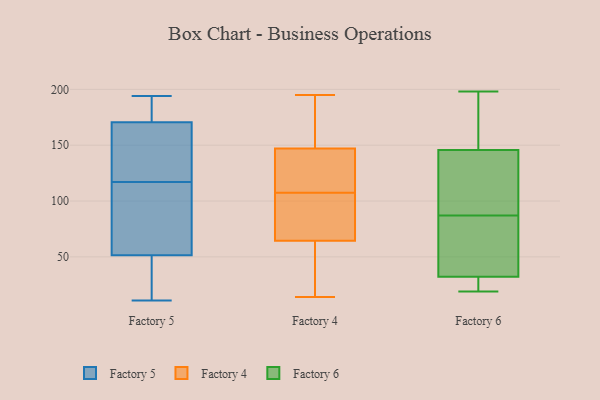
{"axis": {"x": "Satisfaction Score", "y": "Value"}, "legend": ["Factory 4", "Factory 5", "Factory 6"], "data": [{"x": "", "y": 188, "type": "Factory 5"}, {"x": "", "y": 118, "type": "Factory 5"}, {"x": "", "y": 194, "type": "Factory 5"}, {"x": "", "y": 32, "type": "Factory 5"}, {"x": "", "y": 121, "type": "Factory 5"}, {"x": "", "y": 32, "type": "Factory 5"}, {"x": "", "y": 189, "type": "Factory 5"}, {"x": "", "y": 85, "type": "Factory 5"}, {"x": "", "y": 104, "type": "Factory 5"}, {"x": "", "y": 158, "type": "Factory 5"}, {"x": "", "y": 180, "type": "Factory 5"}, {"x": "", "y": 161, "type": "Factory 5"}, {"x": "", "y": 30, "type": "Factory 5"}, {"x": "", "y": 11, "type": "Factory 5"}, {"x": "", "y": 116, "type": "Factory 5"}, {"x": "", "y": 71, "type": "Factory 5"}, {"x": "", "y": 105, "type": "Factory 4"}, {"x": "", "y": 66, "type": "Factory 4"}, {"x": "", "y": 14, "type": "Factory 4"}, {"x": "", "y": 63, "type": "Factory 4"}, {"x": "", "y": 110, "type": "Factory 4"}, {"x": "", "y": 56, "type": "Factory 4"}, {"x": "", "y": 41, "type": "Factory 4"}, {"x": "", "y": 79, "type": "Factory 4"}, {"x": "", "y": 156, "type": "Factory 4"}, {"x": "", "y": 138, "type": "Factory 4"}, {"x": "", "y": 171, "type": "Factory 4"}, {"x": "", "y": 160, "type": "Factory 4"}, {"x": "", "y": 195, "type": "Factory 4"}, {"x": "", "y": 76, "type": "Factory 4"}, {"x": "", "y": 137, "type": "Factory 4"}, {"x": "", "y": 126, "type": "Factory 4"}, {"x": "", "y": 45, "type": "Factory 6"}, {"x": "", "y": 133, "type": "Factory 6"}, {"x": "", "y": 150, "type": "Factory 6"}, {"x": "", "y": 124, "type": "Factory 6"}, {"x": "", "y": 180, "type": "Factory 6"}, {"x": "", "y": 150, "type": "Factory 6"}, {"x": "", "y": 87, "type": "Factory 6"}, {"x": "", "y": 152, "type": "Factory 6"}, {"x": "", "y": 21, "type": "Factory 6"}, {"x": "", "y": 123, "type": "Factory 6"}, {"x": "", "y": 28, "type": "Factory 6"}, {"x": "", "y": 19, "type": "Factory 6"}, {"x": "", "y": 28, "type": "Factory 6"}, {"x": "", "y": 198, "type": "Factory 6"}, {"x": "", "y": 130, "type": "Factory 6"}, {"x": "", "y": 48, "type": "Factory 6"}, {"x": "", "y": 28, "type": "Factory 6"}, {"x": "", "y": 47, "type": "Factory 6"}, {"x": "", "y": 62, "type": "Factory 6"}]}